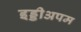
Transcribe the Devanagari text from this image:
इड्डीअपम